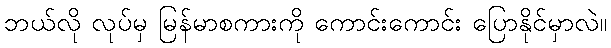
ဘယ်လို လုပ်မှ မြန်မာစကားကို ကောင်းကောင်း ပြောနိုင်မှာလဲ။